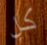
كل